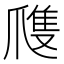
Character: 㸕